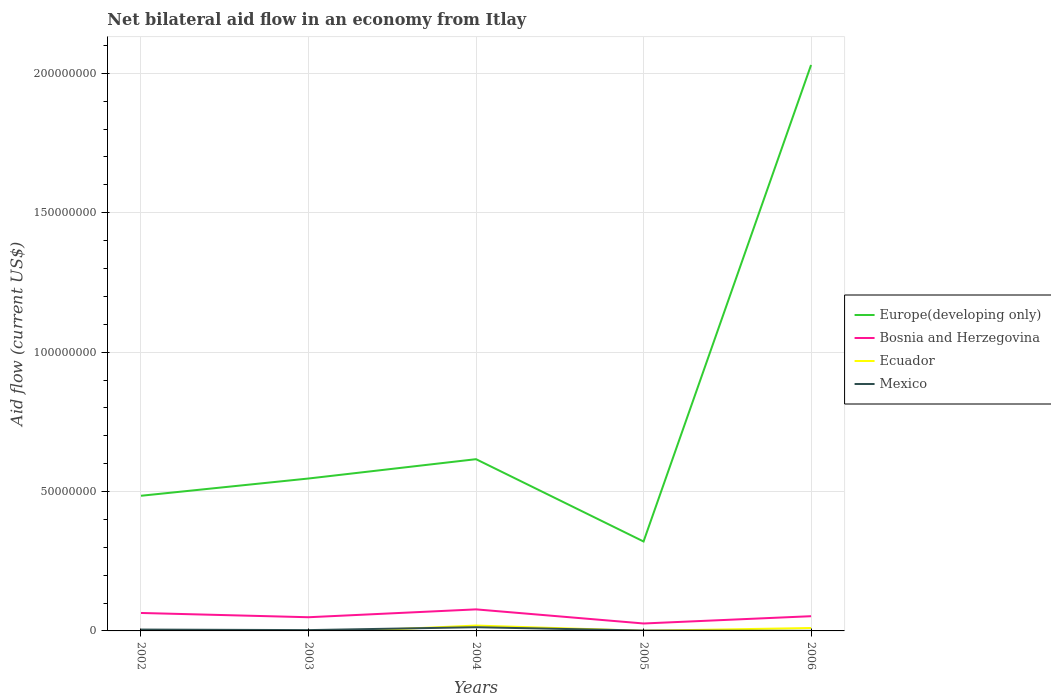
| Years | Europe(developing only) | Bosnia and Herzegovina | Ecuador | Mexico |
 | --- | --- | --- | --- | --- |
 | 2002 | 4.85e+07 | 6.44e+06 | 3.2e+05 | 4.9e+05 |
 | 2003 | 5.47e+07 | 4.91e+06 | -7.4e+05 | 2.9e+05 |
 | 2004 | 6.16e+07 | 7.73e+06 | 1.93e+06 | 1.33e+06 |
 | 2005 | 3.21e+07 | 2.67e+06 | 5e+04 | 1.4e+05 |
 | 2006 | 2.03e+08 | 5.28e+06 | 1.05e+06 | 2e+04 |